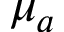
\mu _ { a }